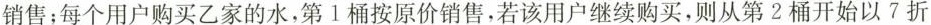
销售；每个用户购买乙家的水，第1桶按原价销售，若该用户继续购买，则从第2桶开始以7折